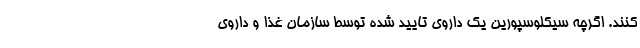
کنند. اگرچه سیکلوسپورین یک داروی تایید شده توسط سازمان غذا و داروی